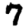
Digit: 7